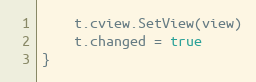
Language: Go
	t.cview.SetView(view)
	t.changed = true
}